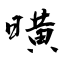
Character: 曂